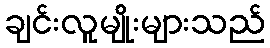
ချင်းလူမျိုးများသည်